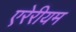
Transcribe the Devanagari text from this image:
एरेरीयम